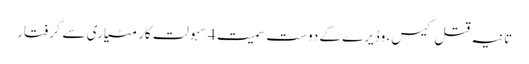
تانیہ قتل کیس، وڈیرے کے دوست سمیت 4 سہولت کار مٹیاری سے گرفتار